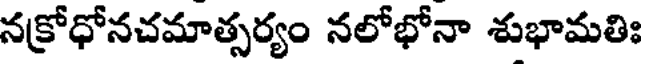
నక్రోధోనచమాత్సర్యం నలోభోనా శుభామతిః